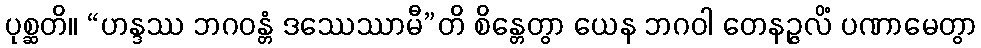
ပုစ္ဆတိ။ “ဟန္ဒဿ ဘဂဝန္တံ ဒဿေဿာမီ”တိ စိန္တေတွာ ယေန ဘဂဝါ တေနဉ္ဇလိံ ပဏာမေတွာ